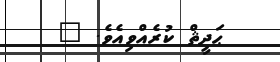
ޙަދީޘް ކުރެއްވިއެވެ. "